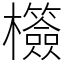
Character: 𣠺